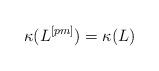
LaTeX: \begin{align*} \kappa(L^{[pm]})=\kappa(L)\end{align*}